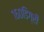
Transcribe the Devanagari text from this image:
१६०डिग्री